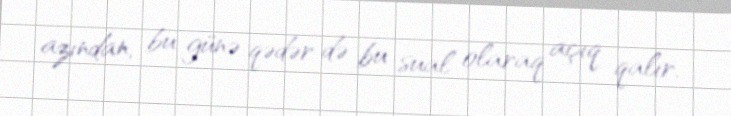
azından, bu günə qədər də bu sual olaraq açıq qalır.